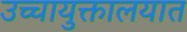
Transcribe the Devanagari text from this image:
उच्चायुक्तालयात